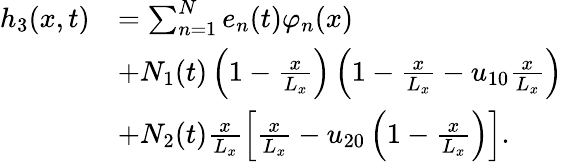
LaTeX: \begin{array}{rl}{h_{3}(x,t)}&{=\sum_{n=1}^{N}e_{n}(t)\varphi_{n}(x)}\\ &{+N_{1}(t)\left(1-\frac{x}{L_{x}}\right)\left(1-\frac{x}{L_{x}}-u_{10}\frac{x}{L_{x}}\right)}\\ &{+N_{2}(t)\frac{x}{L_{x}}\left[\frac{x}{L_{x}}-u_{20}\left(1-\frac{x}{L_{x}}\right)\right].}\end{array}